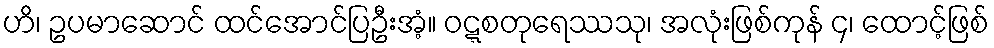
ဟိ၊ ဥပမာဆောင် ထင်အောင်ပြဦးအံ့။ ဝဋ္ဋစတုရေဿသု၊ အလုံးဖြစ်ကုန် ၄၊ ထောင့်ဖြစ်